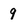
Character: 9